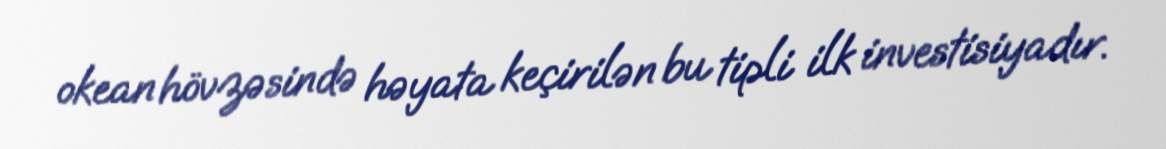
okean hövzəsində həyata keçirilən bu tipli ilk investisiyadır.